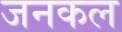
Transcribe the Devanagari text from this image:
जनकल